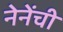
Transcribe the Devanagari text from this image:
नेनेंची